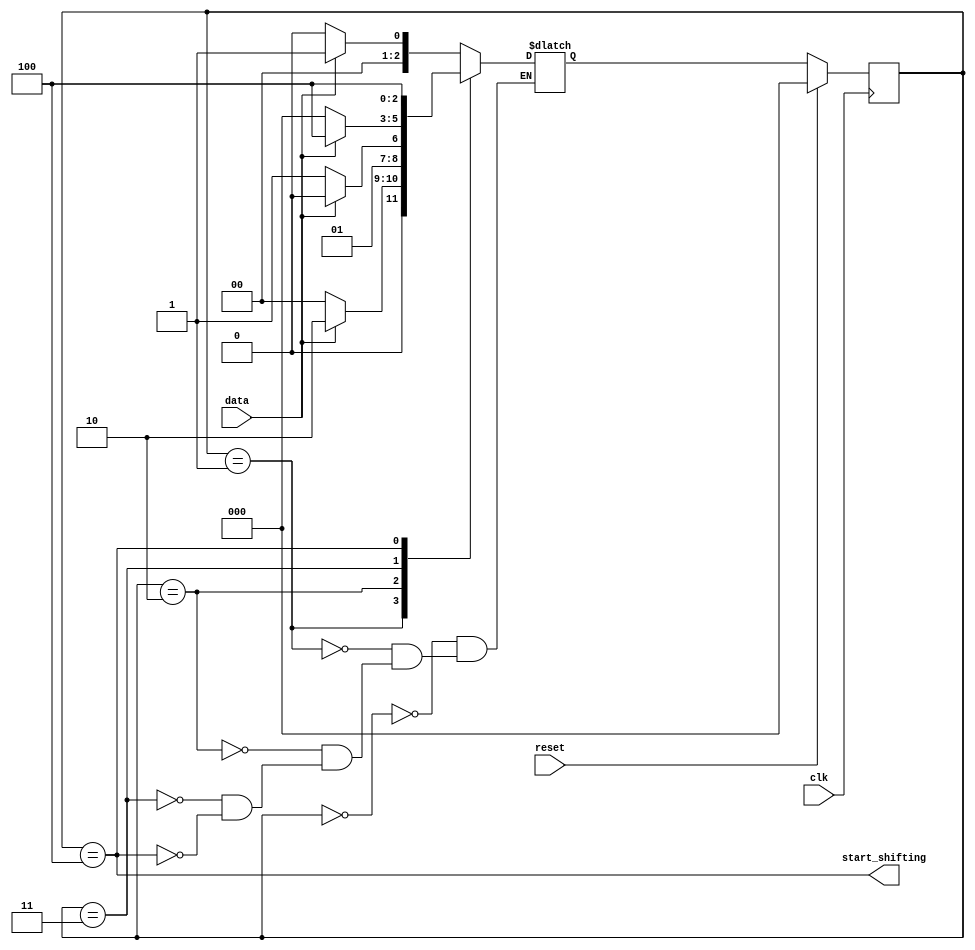
module top_module (
    input clk,
    input reset,      // Synchronous reset
    input data,
    output start_shifting
);

    parameter SEARCH1=0, SEARCH2=1, SEARCH3=2, SEARCH4=3, START=4;
    
    reg [2:0] state, next_state;
    
    always @(posedge clk) begin
        if (reset) state <= SEARCH1;
        else state <= next_state;
    end
    
    always @(*) begin
        case (state)
            SEARCH1: next_state = data ? SEARCH2 : SEARCH1;
            SEARCH2: next_state = data ? SEARCH3 : SEARCH1;
            SEARCH3: next_state = data ? SEARCH3 : SEARCH4;
            SEARCH4: next_state = data ? START : SEARCH1;
            START: next_state = START;
        endcase
    end
    
    assign start_shifting = state == START;
endmodule